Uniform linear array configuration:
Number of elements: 24
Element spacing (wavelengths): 1
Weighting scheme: exponential
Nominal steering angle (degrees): -30
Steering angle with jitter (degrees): -28.818
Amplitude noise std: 0.05
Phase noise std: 0.05

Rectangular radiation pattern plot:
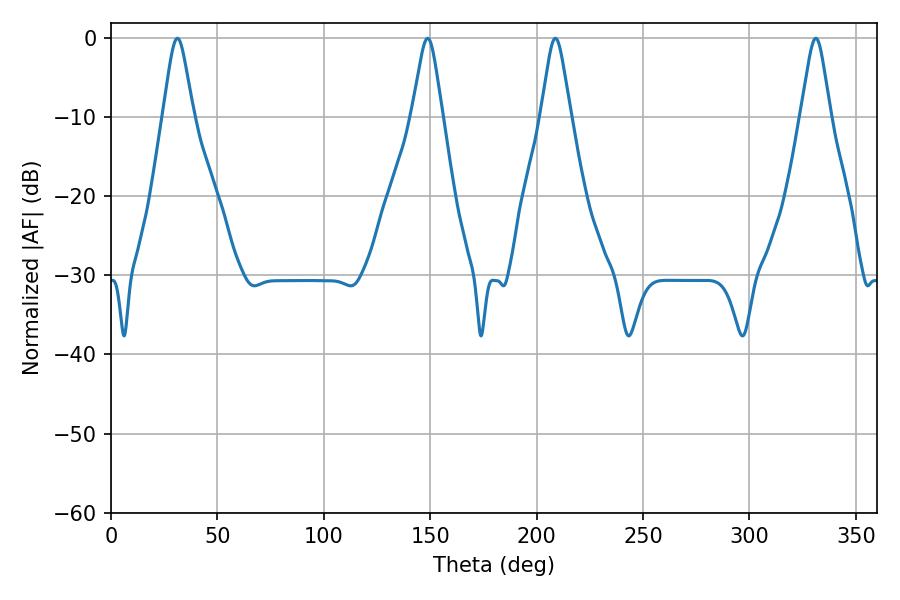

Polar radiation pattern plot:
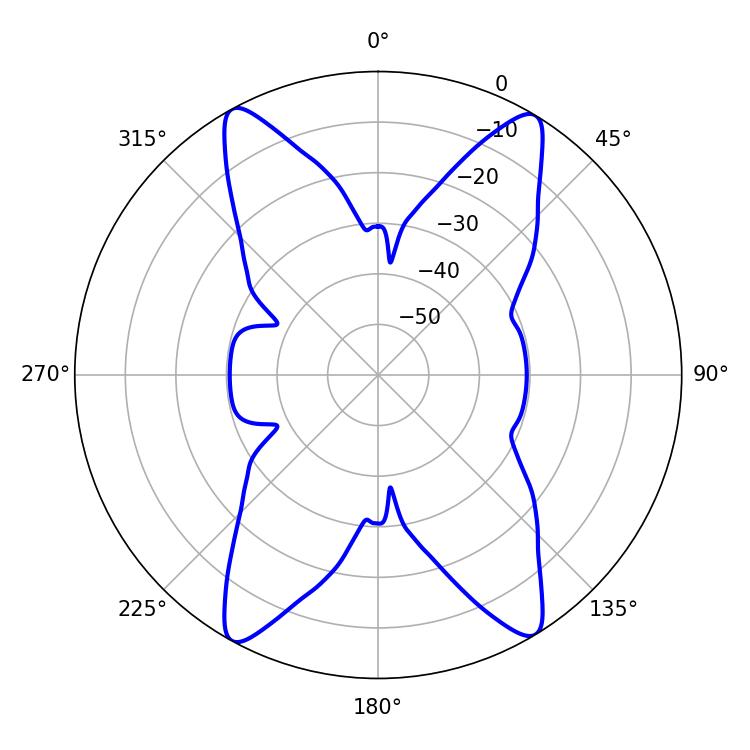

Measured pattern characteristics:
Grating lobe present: TRUE
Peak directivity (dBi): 20.668
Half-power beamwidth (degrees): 6.66
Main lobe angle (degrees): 208.8